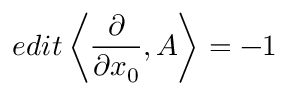
e d i t \left< \frac { \partial } { \partial x _ { 0 } } , A \right> = - 1